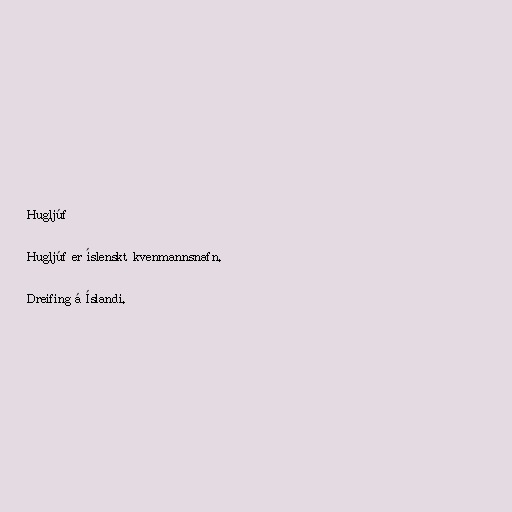
Hugljúf

Hugljúf er íslenskt kvenmannsnafn.

Dreifing á Íslandi.